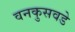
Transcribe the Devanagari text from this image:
वनकुसवडे